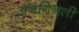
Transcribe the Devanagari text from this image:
अनगिनती